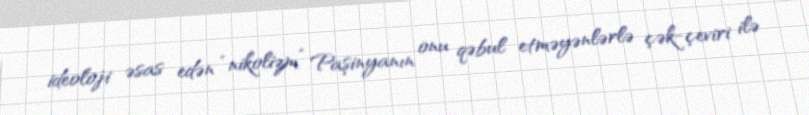
ideoloji əsas edən “nikolizm” Paşinyanın onu qəbul etməyənlərlə çək-çeviri ilə